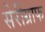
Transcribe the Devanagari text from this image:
सेरीग्राफ